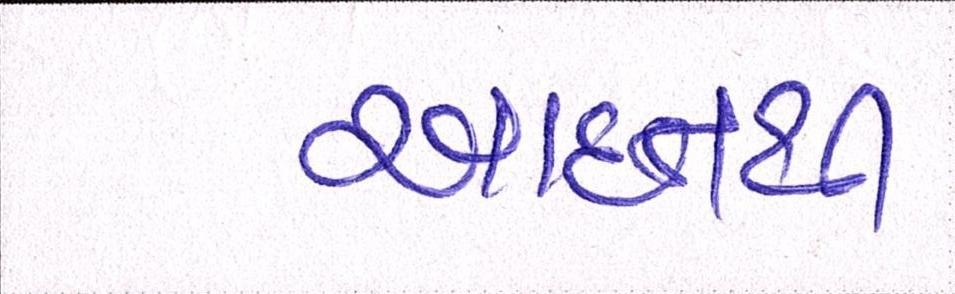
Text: આદતથી